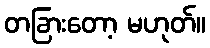
တခြားတော့ မဟုတ်။